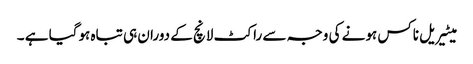
میٹیریل ناکس ہونے کی وجہ سے راکٹ لانچ کے دوران ہی تباہ ہوگیا ہے ۔